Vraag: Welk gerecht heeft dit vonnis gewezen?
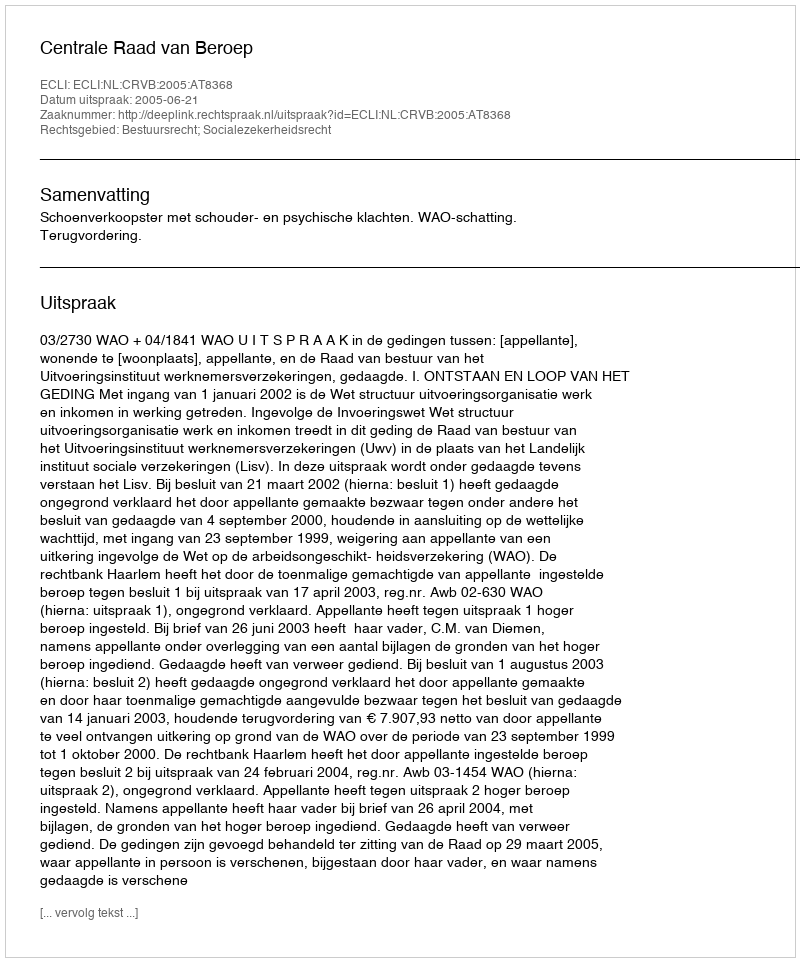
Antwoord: Centrale Raad van Beroep